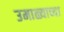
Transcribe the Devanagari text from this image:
उमाळ्याच्या